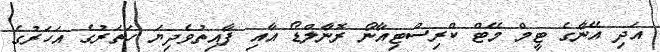
އަދި އޭނާގެ ޓީމް މޭޓް ކްރިސްޓިއާނޯ ރޮނާލްޑޯ އާއި ފާއިތުވެދިޔަ ހަތަރުގެ އަހަރުގެ